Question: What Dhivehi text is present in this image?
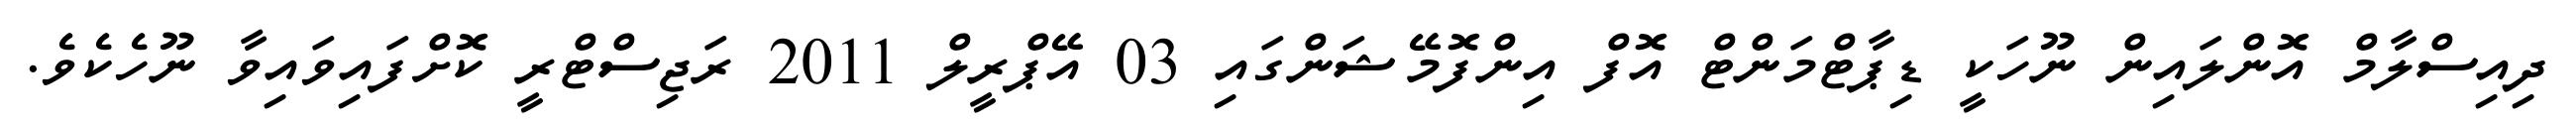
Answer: ދިއިސްލާމް އޮންލައިން ނޫހަކީ ޑިޕާޓްމަންޓް އޮފް އިންފޮމޭޝަންގައި 03 އޭޕްރީލް 2011 ރަޖިސްޓްރީ ކޮށްފައިވައިވާ ނޫހެކެވެ.